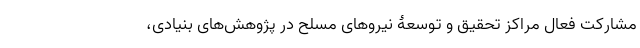
مشارکت فعال مراکز تحقیق و توسعۀ نیروهای مسلح در پژوهش‌های بنیادی،